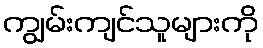
ကျွမ်းကျင်သူများကို